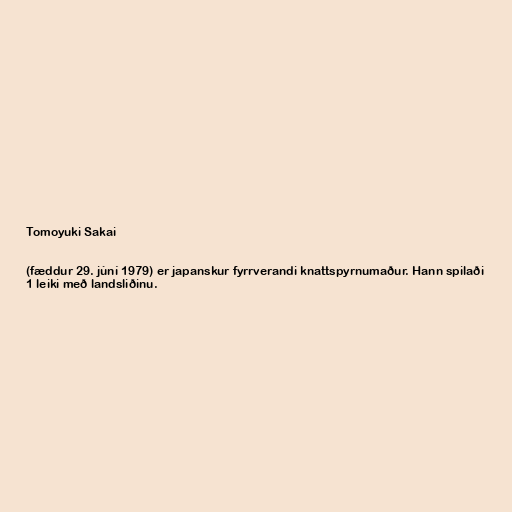
Tomoyuki Sakai

(fæddur 29. júní 1979) er japanskur fyrrverandi knattspyrnumaður. Hann spilaði
1 leiki með landsliðinu.